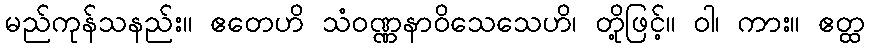
မည်ကုန်သနည်း။ ဧတေဟိ သံဝဏ္ဏနာဝိသေသေဟိ၊ တို့ဖြင့်။ ဝါ၊ ကား။ ဧတ္ထ